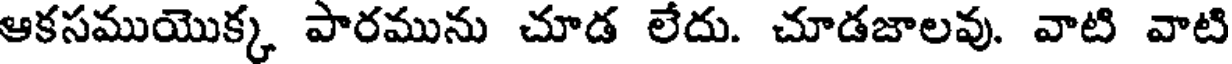
ఆకసముయొక్క పారమును చూడ లేదు. చూడజాలవు. వాటి వాటి